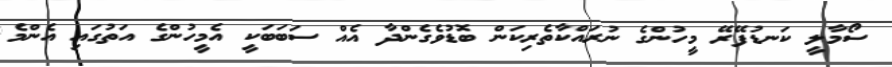
ސޯމާލީ ކަނޑުފޭރޭ މީހުންގެ ނުރައްކާތެރިކަން ބޮޑުވެގެންދާ އެއް ސަބަބަކީ އެމީހުންގެ އަތުގައި އެންމެ